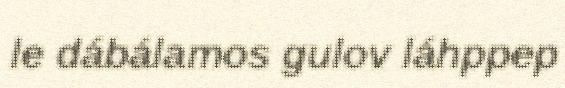
le dábálamos gulov láhppep